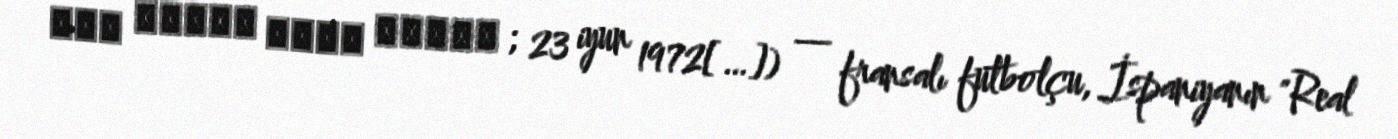
زين الدين يزيد زيدان ; 23 iyun 1972[…]) — fransalı futbolçu, İspaniyanın "Real